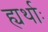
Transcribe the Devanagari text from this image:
ह्यर्थाः